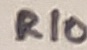
Text: R10